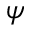
\psi